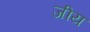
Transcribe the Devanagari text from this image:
जीय